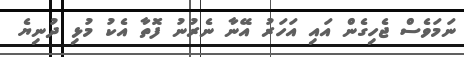
ނަމަވެސް ޖެހިގެން އައި އަހަރު އޭނާ ނެރުނު ފޮތާ އެކު މުޅި ދުނިޔެ